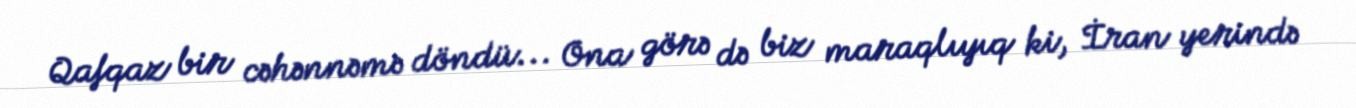
Qafqaz bir cəhənnəmə döndü... Ona görə də biz maraqlıyıq ki, İran yerində